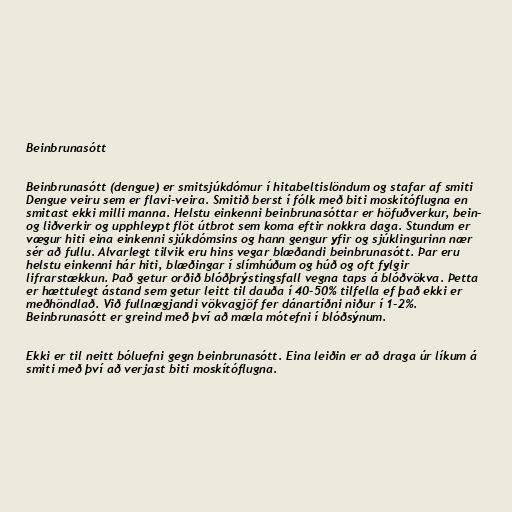
Beinbrunasótt

Beinbrunasótt (dengue) er smitsjúkdómur í hitabeltislöndum og stafar af smiti
Dengue veiru sem er flavi-veira. Smitið berst í fólk með biti moskítóflugna en
smitast ekki milli manna. Helstu einkenni beinbrunasóttar er höfuðverkur, bein-
og liðverkir og upphleypt flöt útbrot sem koma eftir nokkra daga. Stundum er
vægur hiti eina einkenni sjúkdómsins og hann gengur yfir og sjúklingurinn nær
sér að fullu. Alvarlegt tilvik eru hins vegar blæðandi beinbrunasótt. Þar eru
helstu einkenni hár hiti, blæðingar í slímhúðum og húð og oft fylgir
lifrarstækkun. Það getur orðið blóðþrýstingsfall vegna taps á blóðvökva. Þetta
er hættulegt ástand sem getur leitt til dauða í 40-50% tilfella ef það ekki er
meðhöndlað. Við fullnægjandi vökvagjöf fer dánartíðni niður í 1-2%.
Beinbrunasótt er greind með því að mæla mótefni í blóðsýnum.

Ekki er til neitt bóluefni gegn beinbrunasótt. Eina leiðin er að draga úr líkum á
smiti með því að verjast biti moskítóflugna.